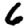
Digit: 6